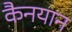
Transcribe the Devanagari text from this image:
कैनयान